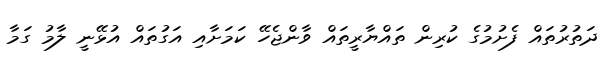
ދަތުރުތައް ފެށުމުގެ ކުރިން ތައްޔާރީތައް ވާންޖެހޭ ކަމަށާއި އަގުތައް އުޅޭނީ ލާމު ގަމާ